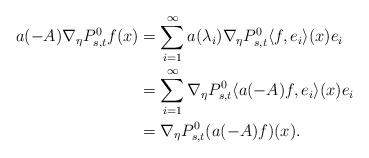
LaTeX: \begin{align*} a(-A)\nabla_{\eta}P_{s,t}^0f(x)&=\sum_{i=1}^\infty a(\lambda_i)\nabla_{\eta}P_{s,t}^0\langle f,e_i\rangle(x)e_i\\&=\sum_{i=1}^\infty\nabla_{\eta}P_{s,t}^0\langle a(-A)f,e_i\rangle(x)e_i\\&=\nabla_{\eta}P_{s,t}^0(a(-A)f)(x).\end{align*}